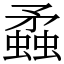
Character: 蟊